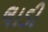
લાડી